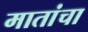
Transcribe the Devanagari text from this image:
मातांचा